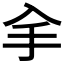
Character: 𠓢